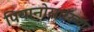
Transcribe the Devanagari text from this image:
पियानोसारख्या